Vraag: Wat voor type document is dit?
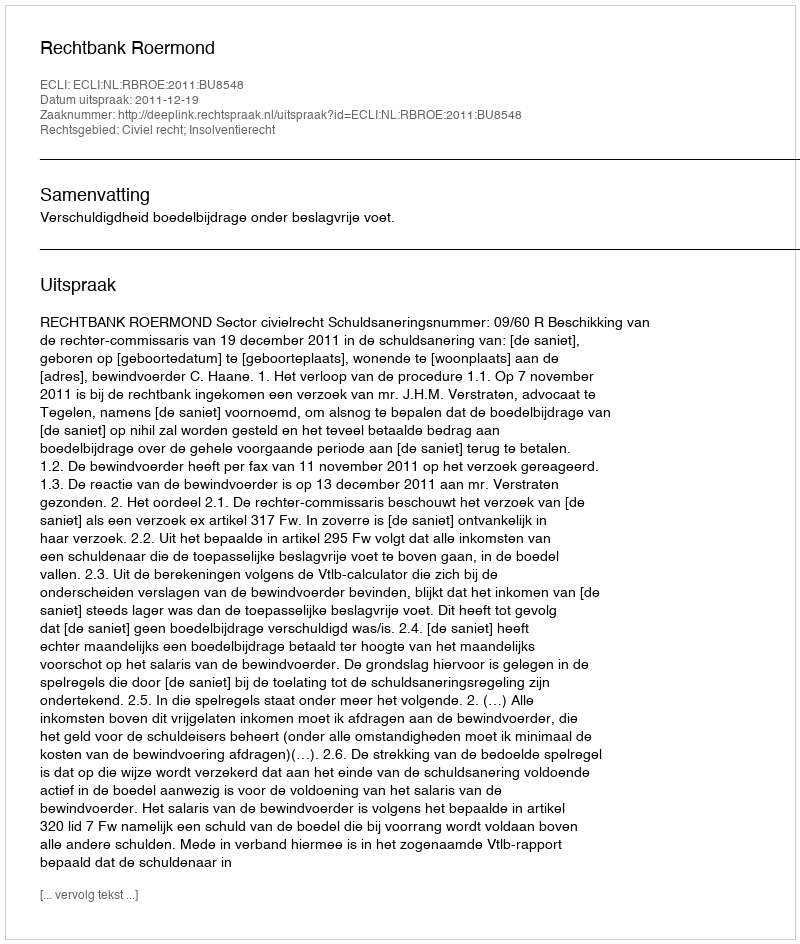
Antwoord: Uitspraak